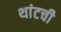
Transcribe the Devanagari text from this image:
थांटची